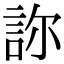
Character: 𧧂